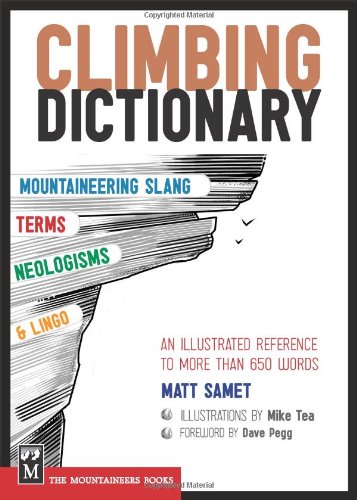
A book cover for Climbing Dictionary: Mountaineering Slang, Terms, Neologisms and Lingo: An Illustrated Reference to More Than 650 Words; Matt Samet; Reference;